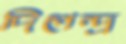
দিগেন্দ্র